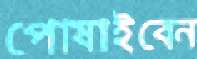
পোষাইবেন